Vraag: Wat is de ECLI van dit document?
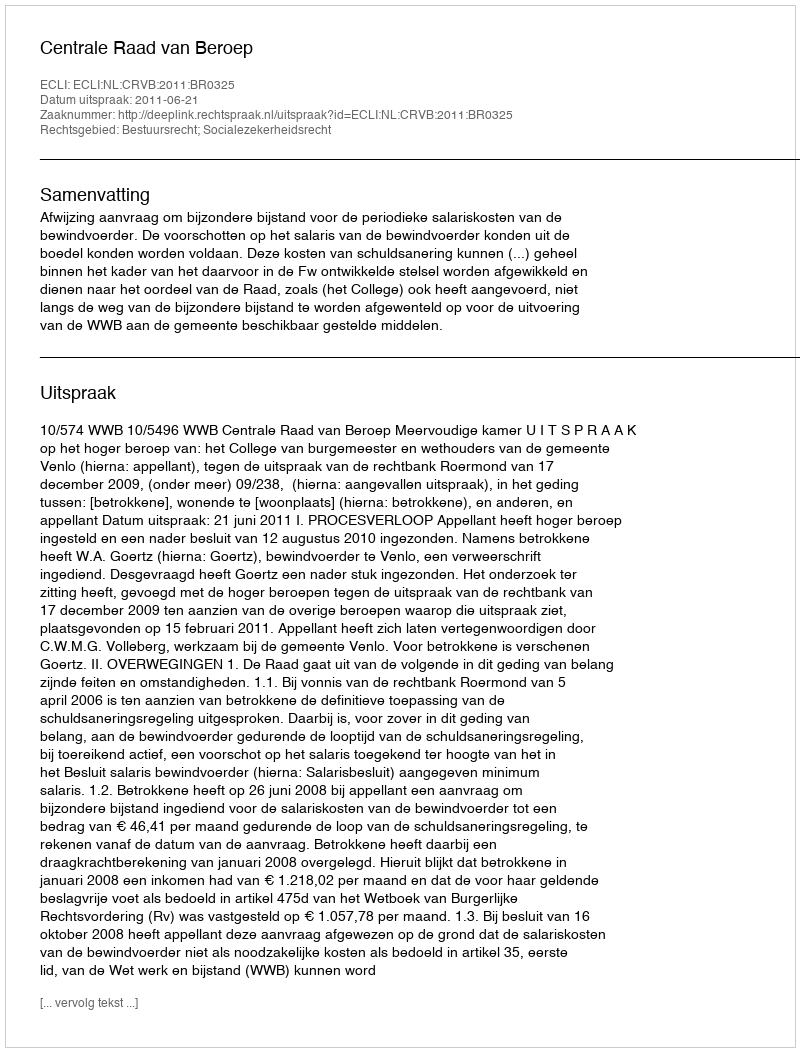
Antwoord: ECLI:NL:CRVB:2011:BR0325